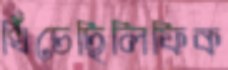
খিঁচেছিলিফিক